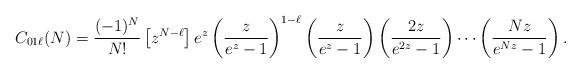
LaTeX: \begin{align*} C_{01\ell}(N) = \frac{(-1)^N}{N!} \left[ z^{N-\ell} \right]e^z \left(\frac{z}{e^z - 1}\right)^{1-\ell}\left(\frac{z}{e^z - 1}\right)\left(\frac{2z}{e^{2z} - 1}\right) \cdots \left(\frac{N z}{e^{Nz} - 1}\right).\end{align*}